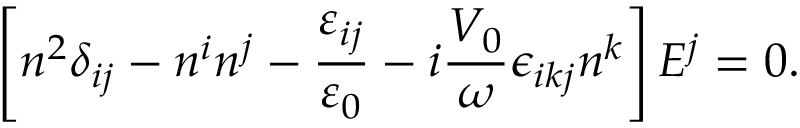
\left[ n ^ { 2 } \delta _ { i j } - n ^ { i } n ^ { j } - \frac { { \varepsilon } _ { i j } } { \varepsilon _ { 0 } } - i \frac { V _ { 0 } } { \omega } \epsilon _ { i k j } n ^ { k } \right] { E } ^ { j } = 0 .